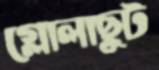
গ্লোলাছুট